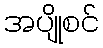
အပျိုစင်